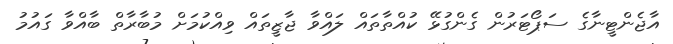
އާޖެންޓީނާގެ ސަޕޯޓަރުން ގެންގުޅޭ ކުއްތާތައް ލައްވާ ޖާޒީތައް ވިއްކުމަށް މުބާރާތް ބާއްވާ ގައުމު